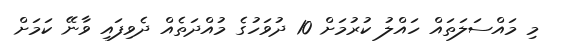
މި މައްސަލަތައް ހައްލު ކުރުމަށް 10 ދުވަހުގެ މުއްދަތެއް ދެވިފައި ވާނޭ ކަމަށް